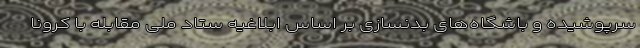
سرپوشیده و باشگاه‌های بدنسازی بر اساس ابلاغیه ستاد ملی مقابله با کرونا